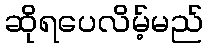
ဆိုရပေလိမ့်မည်